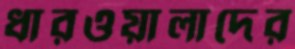
ধারওয়ালাদের